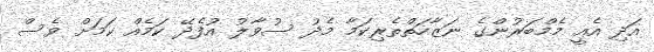
އަދި އެއީ މެމްބަރުންގެ ނަޒާހަތްތެރިކަމާ މެދު ސުވާލު އުފެދޭ ކަމެއް ކަމަށް ވެސް